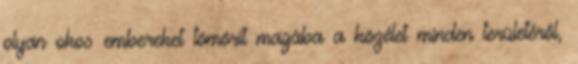
olyan okos embereket tömörít magába a közélet min­den területéről,